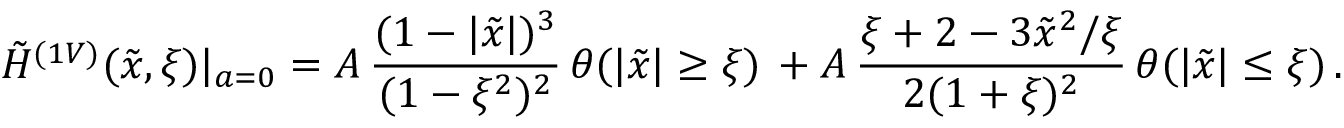
\tilde { H } ^ { ( 1 V ) } ( \tilde { x } , \xi ) | _ { a = 0 } = A \, \frac { ( 1 - | \tilde { x } | ) ^ { 3 } } { ( 1 - \xi ^ { 2 } ) ^ { 2 } } \, \theta ( | \tilde { x } | \geq \xi ) \, + A \, \frac { \xi + 2 - 3 \tilde { x } ^ { 2 } / \xi } { 2 ( 1 + \xi ) ^ { 2 } } \, \theta ( | \tilde { x } | \leq \xi ) \, .